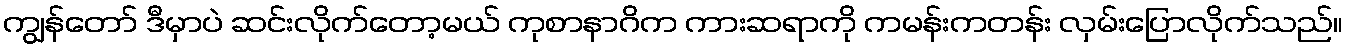
ကျွန်တော် ဒီမှာပဲ ဆင်းလိုက်တော့မယ် ကုစာနာဂိက ကားဆရာကို ကမန်းကတန်း လှမ်းပြောလိုက်သည်။